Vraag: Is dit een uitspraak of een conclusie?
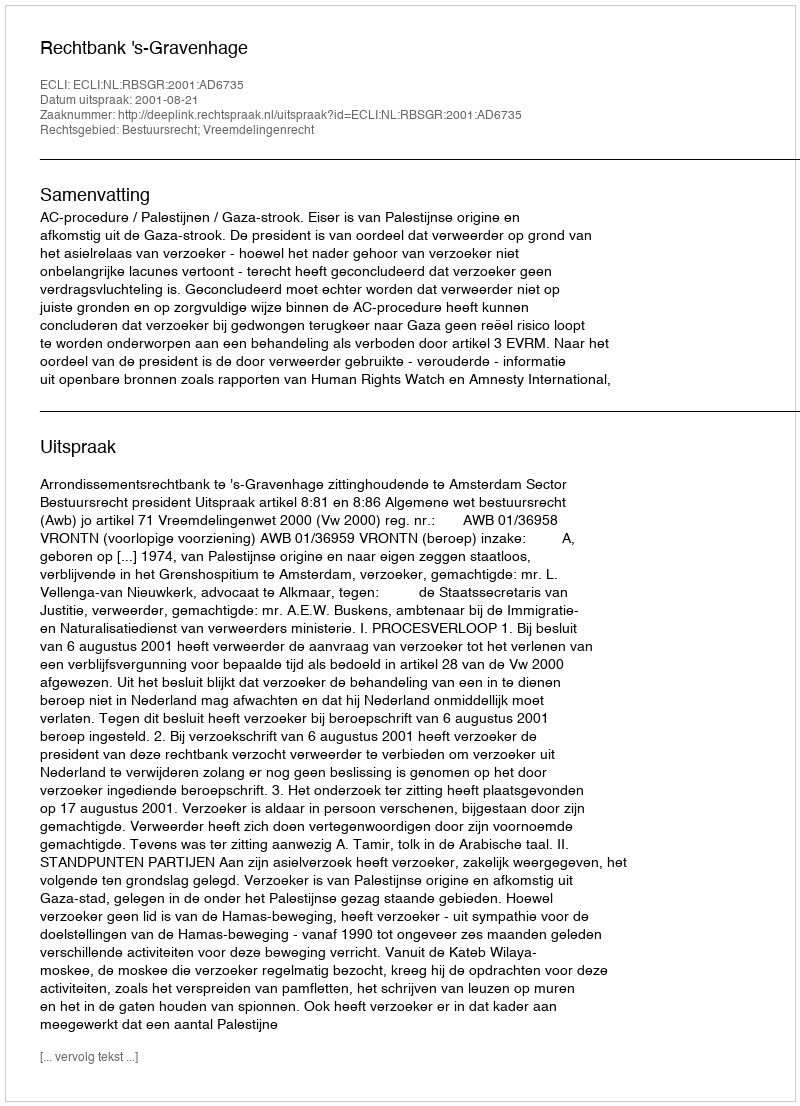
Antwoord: Uitspraak